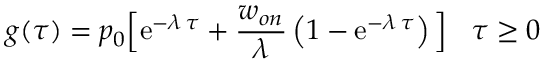
g ( \tau ) = p _ { 0 } \Big [ \mathrm { e } ^ { - \lambda \, \tau } + { \frac { w _ { o n } } { \lambda } } \left( 1 - \mathrm { e } ^ { - \lambda \, \tau } \right) \Big ] \; \; \; \tau \geq 0